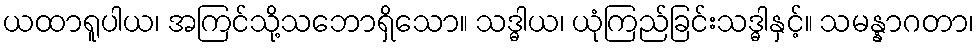
ယထာရူပါယ၊ အကြင်သို့သဘောရှိသော။ သဒ္ဓါယ၊ ယုံကြည်ခြင်းသဒ္ဓါနှင့်။ သမန္နာဂတာ၊